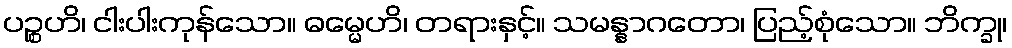
ပဉ္စဟိ၊ ငါးပါးကုန်သော။ ဓမ္မေဟိ၊ တရားနှင့်။ သမန္နာဂတော၊ ပြည့်စုံသော။ ဘိက္ခု၊